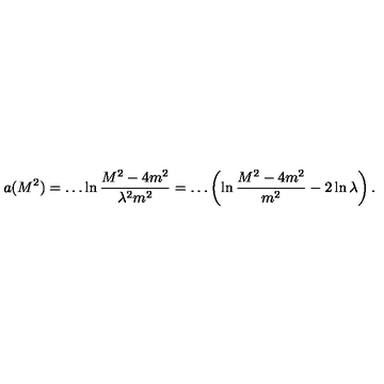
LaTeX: a ( M ^ { 2 } ) = \dots \ln \frac { M ^ { 2 } - 4 m ^ { 2 } } { \lambda ^ { 2 } m ^ { 2 } } = \dots \left( \ln \frac { M ^ { 2 } - 4 m ^ { 2 } } { m ^ { 2 } } - 2 \ln \lambda \right) .